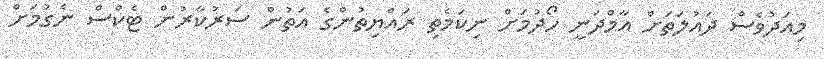
މިއަދުވެސް ދައުލަތަށް އާމްދަނީ ހޯދުމަށް ނިކަމެތި ރައްޔިތުންގެ އަތުން ސަރުކާރުން ޓެކްސް ނެގުމަށް